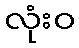
လုံးဝ